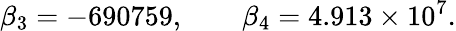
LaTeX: \beta_{3}=-690759,\qquad\beta_{4}=4.913\times 10^{7}.